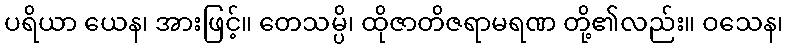
ပရိယာ ယေန၊ အားဖြင့်။ တေသမ္ပိ၊ ထိုဇာတိဇရာမရဏ တို့၏လည်း။ ဝသေန၊